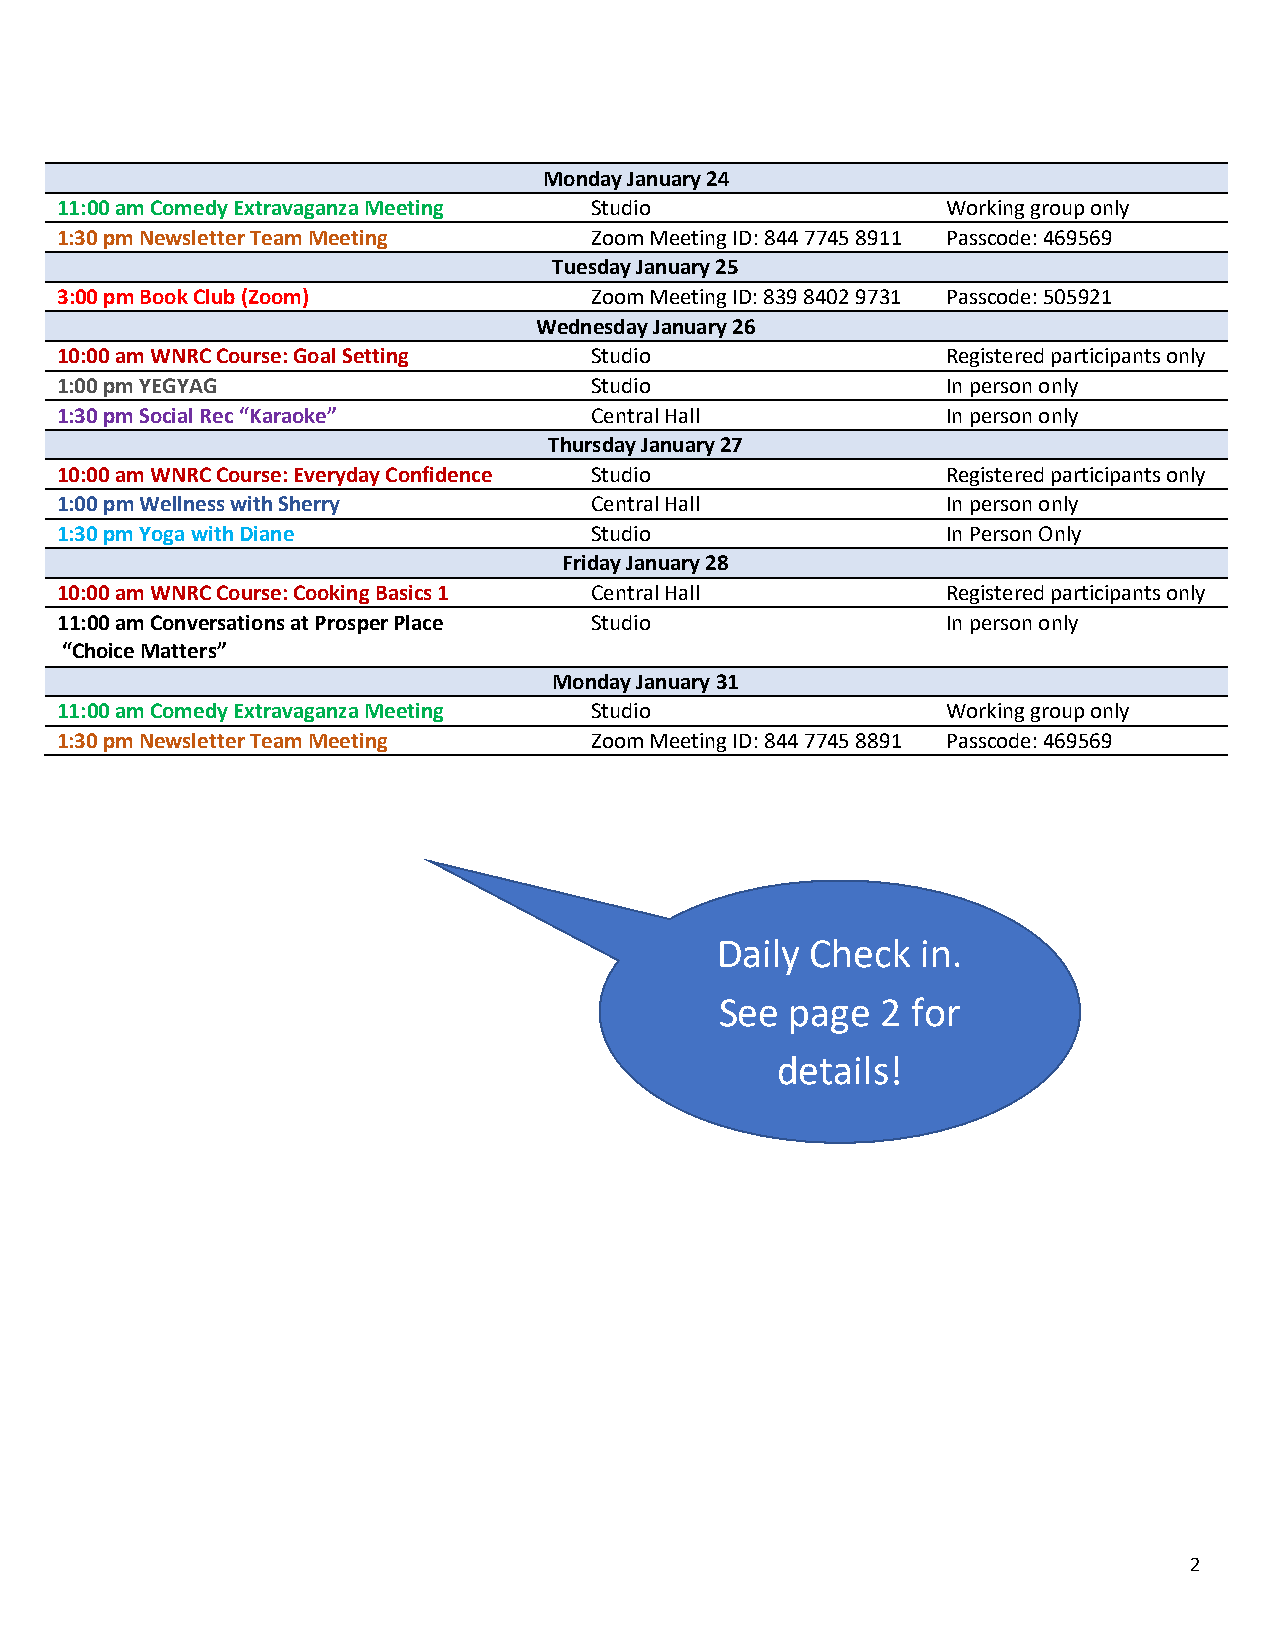
Monday January 24
 11:00 am Comedy Extravaganza Meeting Studio                Working group only
 1:30 pm Newsletter Team Meeting    Zoom Meeting ID: 844 7745 8911 Passcode: 469569
 Tuesday January 25
 3:00 pm Book Club (Zoom)           Zoom Meeting ID: 839 8402 9731 Passcode: 505921
 Wednesday January 26
 10:00 am WNRC Course: Goal Setting Studio                  Registered participants only
 1:00 pm YEGYAG                     Studio                  In person only
 1:30 pm Social Rec “Karaoke”       Central Hall            In person only
 Thursday January 27
 10:00 am WNRC Course: Everyday Confidence Studio           Registered participants only
 1:00 pm Wellness with Sherry       Central Hall            In person only
 1:30 pm Yoga with Diane            Studio                  In Person Only
 Friday January 28
 10:00 am WNRC Course: Cooking Basics 1 C e n t r a l Hall  Registered participants only
 11:00 am Conversations at Prosper Place Studio             In person only
 “Choice Matters”
 Monday January 31
 11:00 am Comedy Extravaganza Meeting Studio                Working group only
 1:30 pm Newsletter Team Meeting    Zoom Meeting ID: 844 7745 8891 Passcode: 469569
 Daily  Check  in.
 See page  2 for
 details!
 2